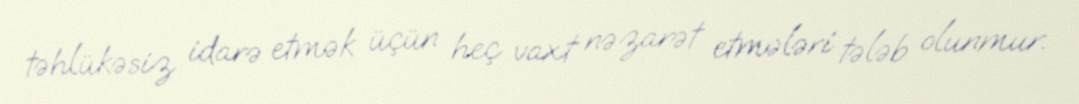
təhlükəsiz idarə etmək üçün heç vaxt nəzarət etmələri tələb olunmur.